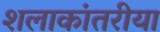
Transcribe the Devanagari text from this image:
शलाकांतरीया